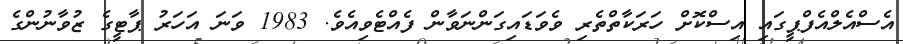
އެސްއެލްއެފްޕީގައި އިސްކޮށް ހަރަކާތްތެރި ވެވަޑައިގަންނަވާން ފެއްޓެވިއެވެ. 1983 ވަނަ އަހަރު ޕާޓީގެ ޒުވާނުންގެ